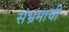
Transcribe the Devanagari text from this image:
संभ्रमाची